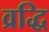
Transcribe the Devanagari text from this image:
व्रद्धि